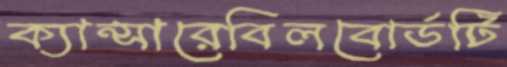
ক্যান্সারেবিলবোর্ডটি